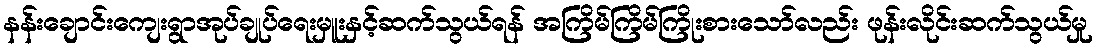
နန်းချောင်းကျေးရွာအုပ်ချုပ်ရေးမှူးနှင့်ဆက်သွယ်ရန် အကြိမ်ကြိမ်ကြိုးစားသော်လည်း ဖုန်းလိုင်းဆက်သွယ်မှု